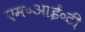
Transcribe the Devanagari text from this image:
एम॰आई॰टी